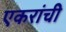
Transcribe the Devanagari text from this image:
एकरांची